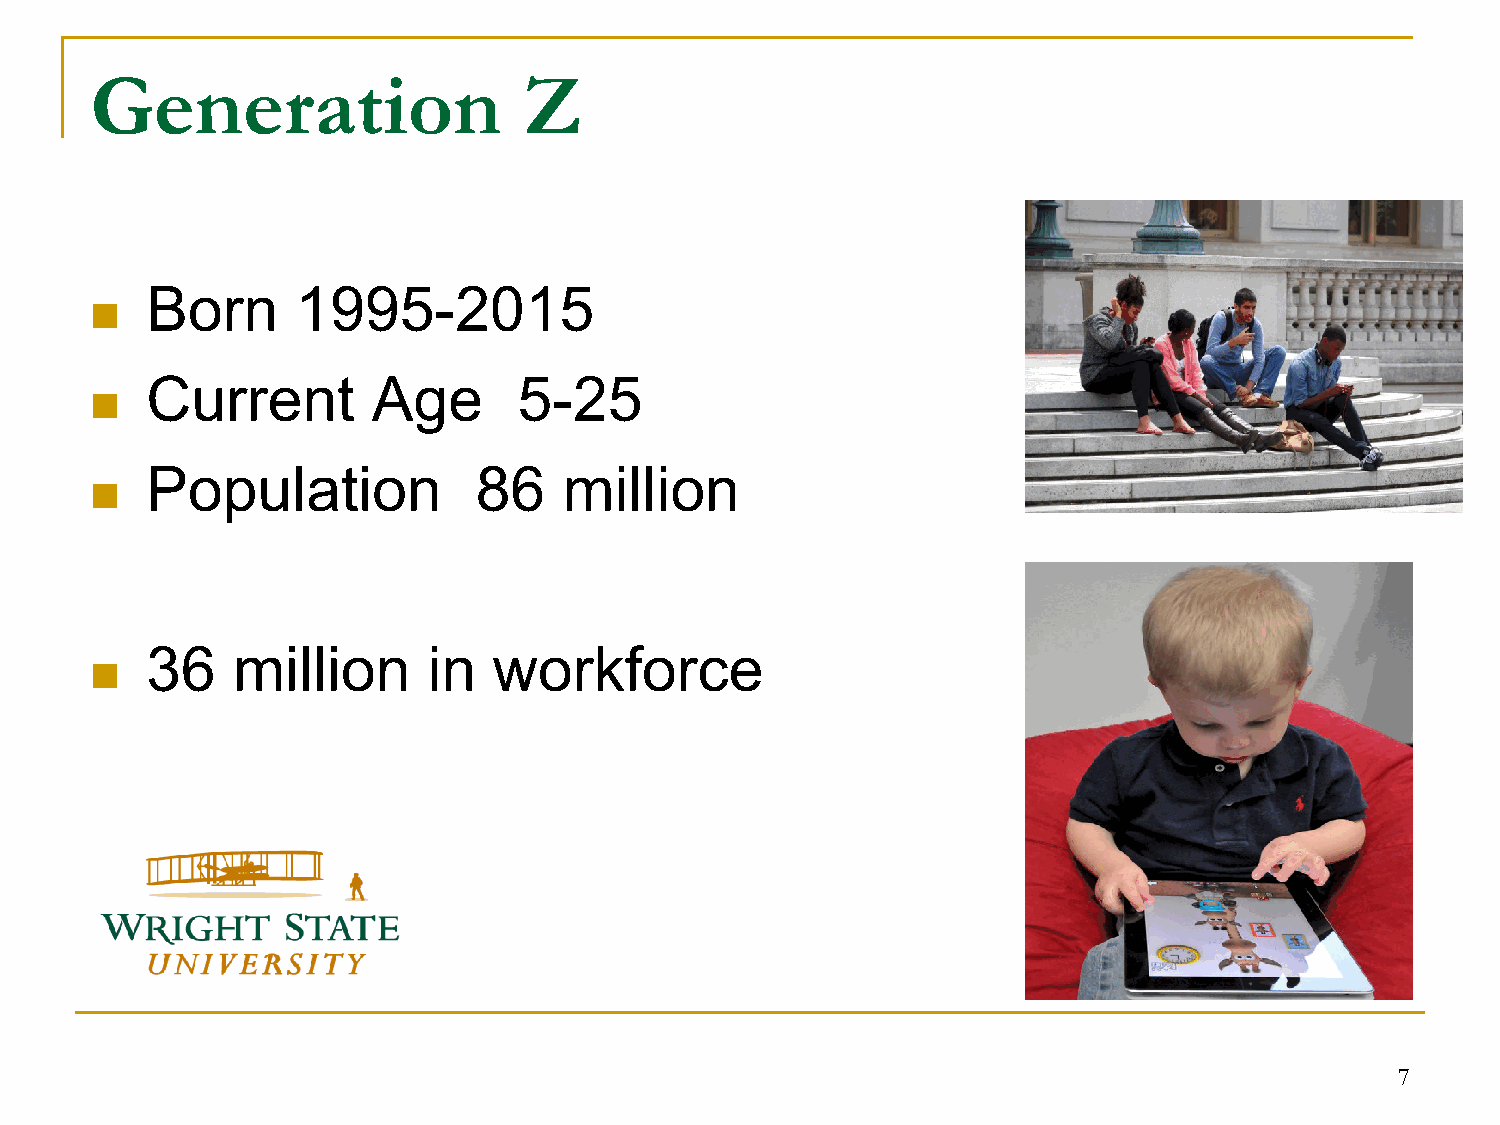
Generation                   Z
 Born      1995-2015
 
 Current        Age      5-25
 
 Population           86    million
 
 36   million      in   workforce
 
 7